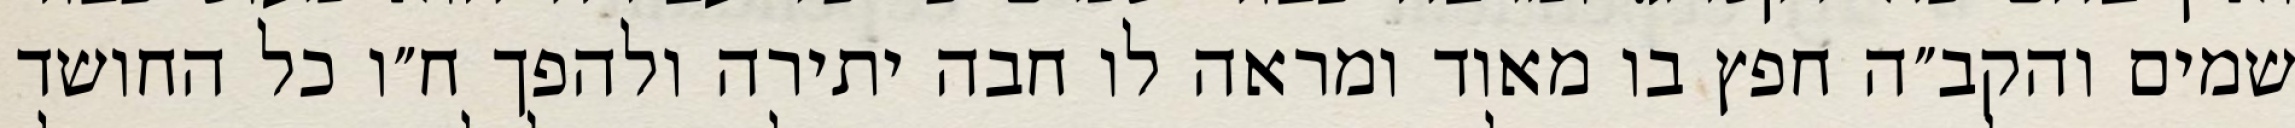
שמים והקב״ה חפץ בו מאוד ומראה לו חבה יתירה ולהפך ח״ו כל החושד